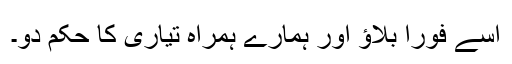
اسے فورا بلاؤ اور ہمارے ہمراہ تیاری کا حکم دو۔